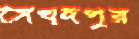
সৈয়দপুর